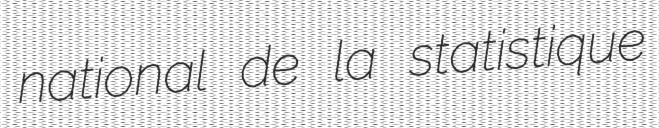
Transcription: national de la statistique